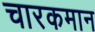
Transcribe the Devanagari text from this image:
चारकमान